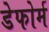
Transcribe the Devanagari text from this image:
डेफोर्म